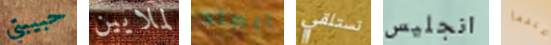
حبيبتي لملايين ابعاد تستلقي انجليس عندما